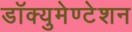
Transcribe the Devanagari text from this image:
डॉक्युमेण्टेशन